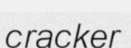
cracker